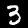
Digit: 3